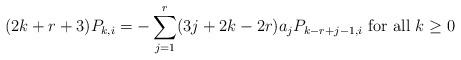
LaTeX: \begin{align*} (2k+r+3)P_{k,i}=-\sum_{j= 1 }^{r} (3j+2k-2r)a_jP_{k-r+j-1,i} \mbox{ for all } k\geq 0 \end{align*}